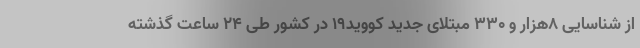
از شناسایی ۸هزار و ۳۳۰ مبتلای جدید کووید۱۹ در کشور طی ۲۴ ساعت گذشته